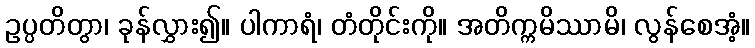
ဥပ္ပတိတွာ၊ ခုန်လွှား၍။ ပါကာရံ၊ တံတိုင်းကို။ အတိက္ကမိဿာမိ၊ လွန်စေအံ့။